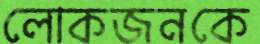
লোকজনকে